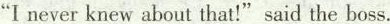
"I never knew about that!"said the boss.